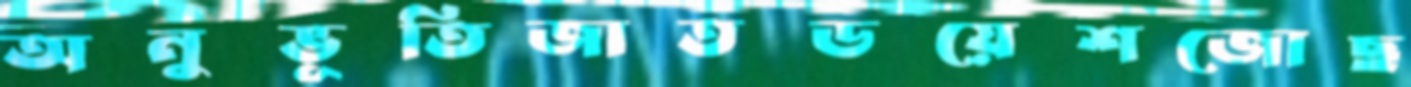
অনুভূতিজাতডয়েশজোছ